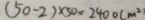
( 5 0 - 2 ) \times 5 0 = 2 4 0 0 ( m ^ { 2 } )